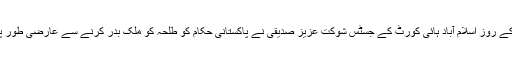
تاہم آج بدھ کے روز اسلام آباد ہائی کورٹ کے جسٹس شوکت عزیز صدیقی نے پاکستانی حکام کو طلحہ کو ملک بدر کرنے سے عارضی طور پر روک دیا۔